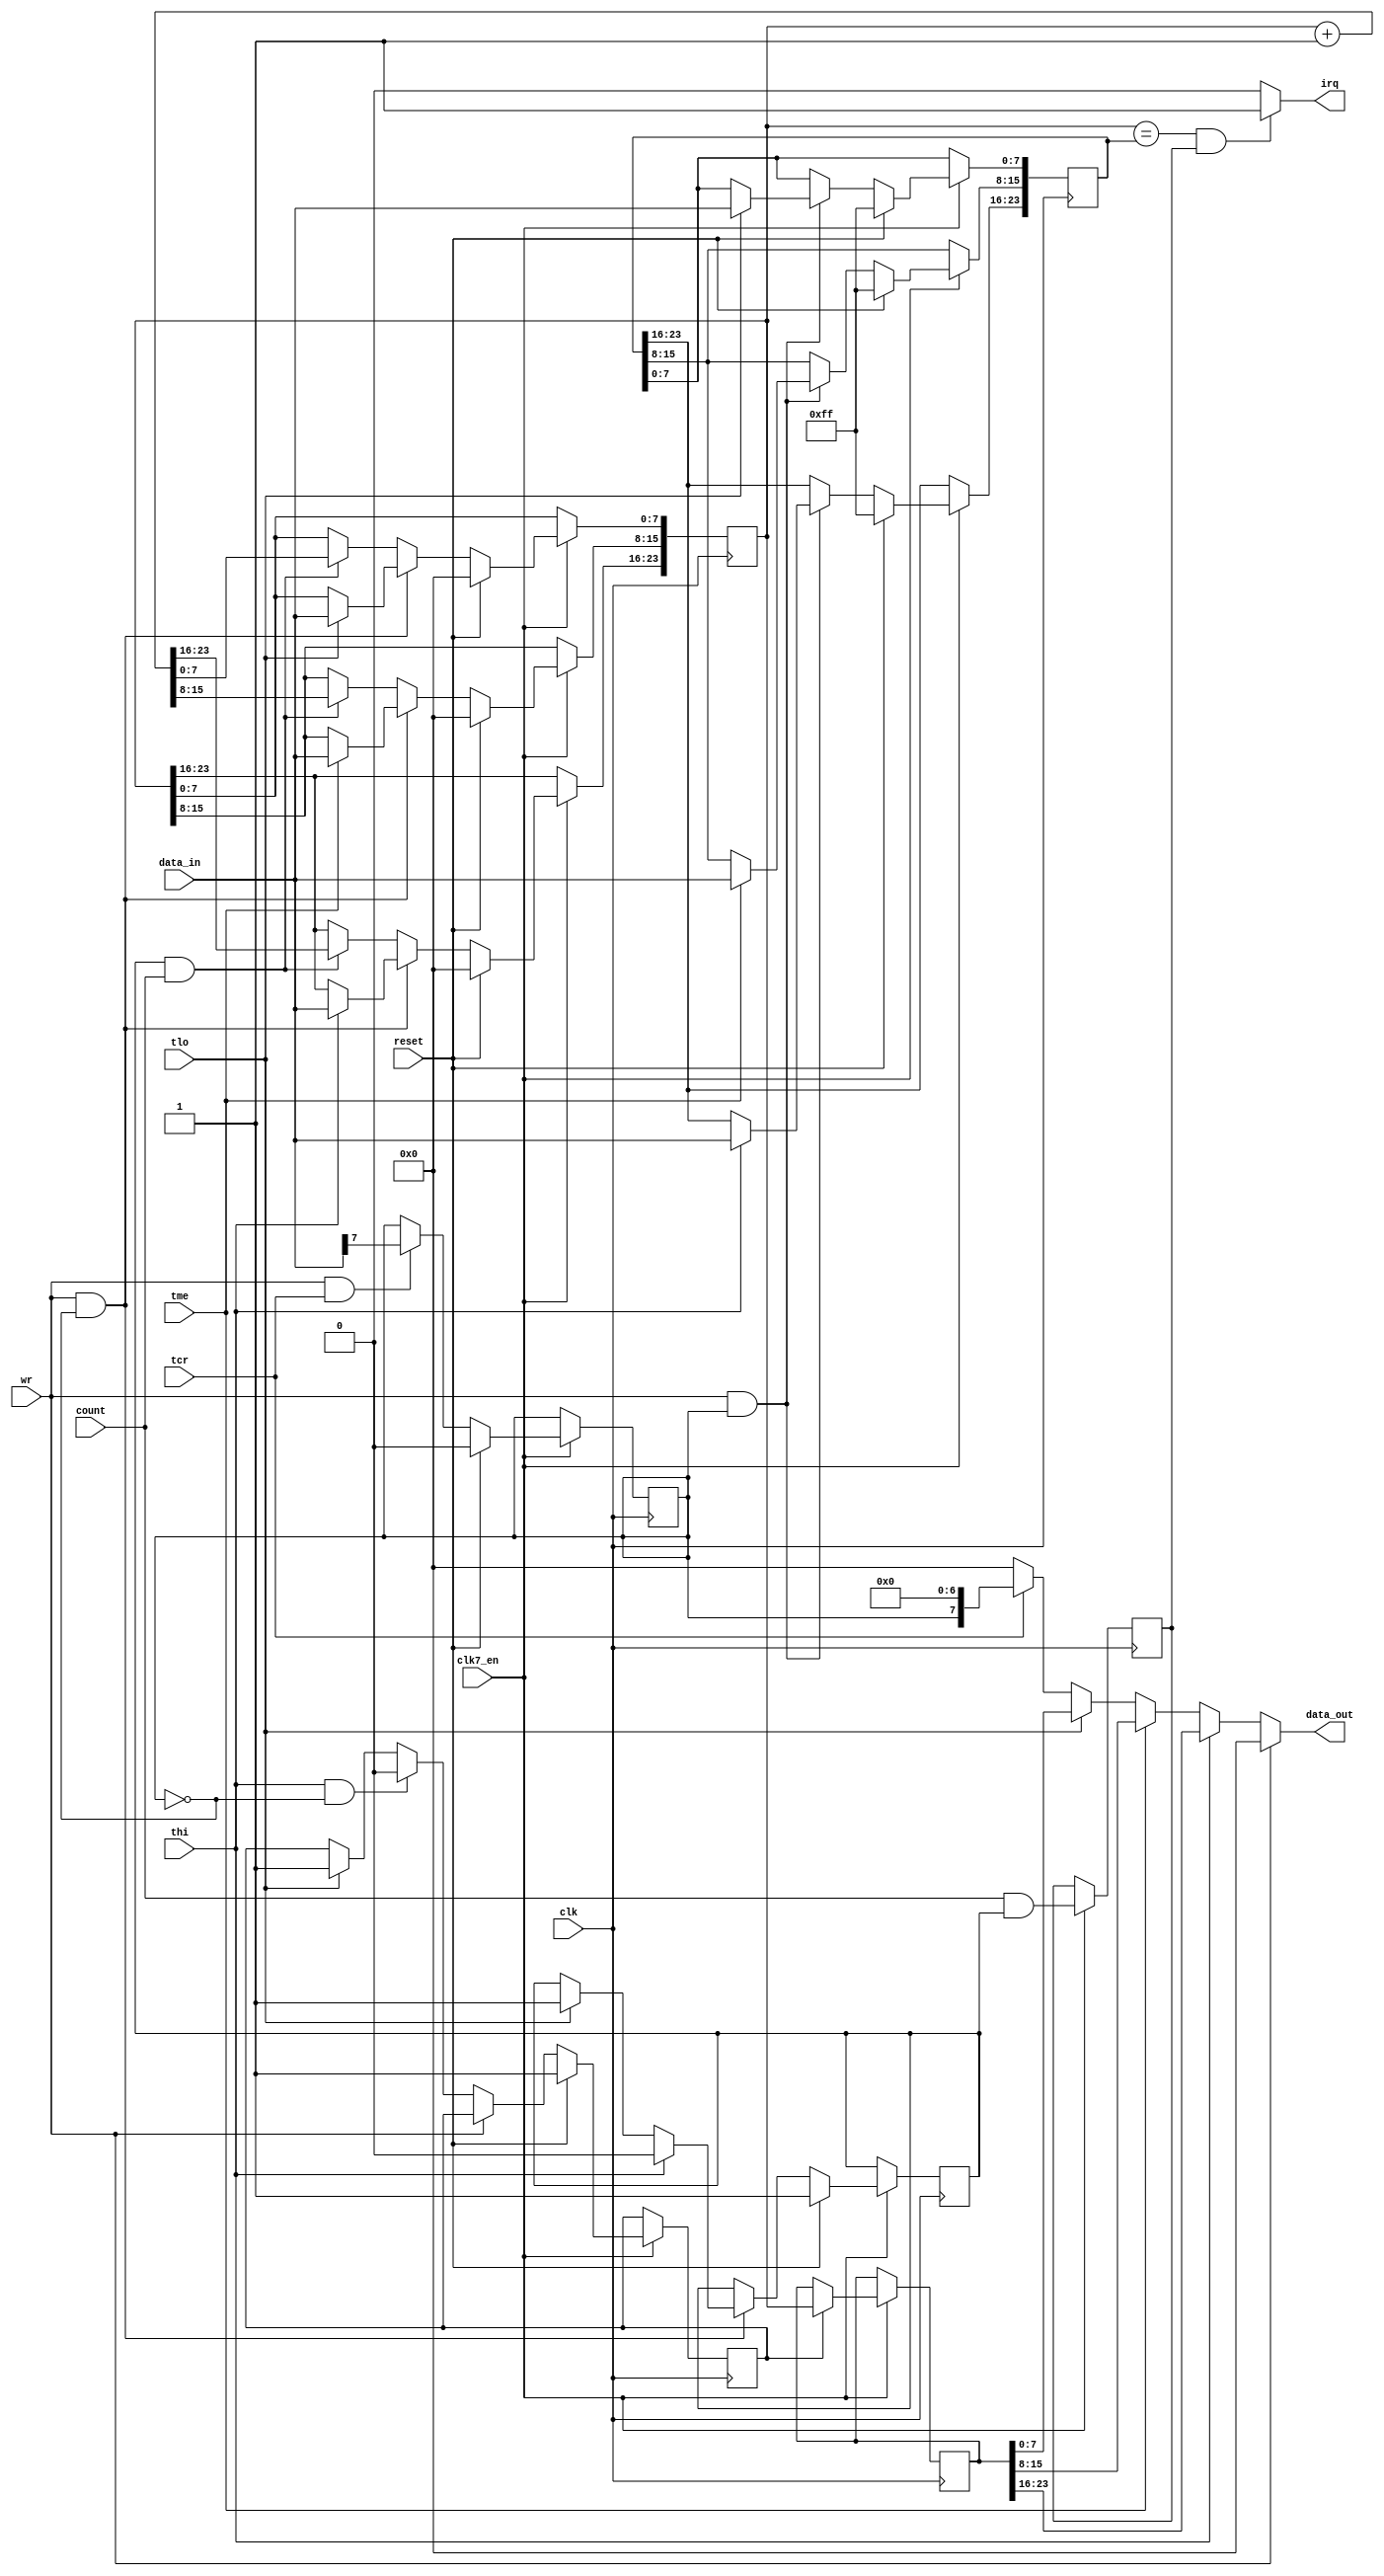
// timer D
//----------------------------------------------------------------------------------
//----------------------------------------------------------------------------------


module cia_timerd
(
  input   clk,            // clock
  input clk7_en,
  input  wr,            // write enable
  input   reset,           // reset
  input   tlo,          // timer low byte select
  input   tme,          // timer mid byte select
  input  thi,           // timer high byte select
  input  tcr,          // timer control register
  input   [7:0] data_in,      // bus data in
  output   reg [7:0] data_out,    // bus data out
  input  count,            // count enable
  output  irq            // intterupt out
);

  reg    latch_ena;        // timer d output latch enable
  reg   count_ena;        // timer d count enable
  reg    crb7;          // bit 7 of control register B
  reg    [23:0] tod;        // timer d
  reg    [23:0] alarm;      // alarm
  reg    [23:0] tod_latch;    // timer d latch
  reg    count_del;        // delayed count signal for interrupt requesting

// timer D output latch control
always @(posedge clk)
  if (clk7_en) begin
    if (reset)
      latch_ena <= 1'd1;
    else if (!wr)
    begin
      if (thi && !crb7) // if MSB read and ALARM is not selected, hold data for subsequent reads
        latch_ena <= 1'd0;
      else if (tlo) // if LSB read, update data every clock
        latch_ena <= 1'd1;
    end
  end

always @(posedge clk)
  if (clk7_en) begin
    if (latch_ena)
      tod_latch[23:0] <= tod[23:0];
  end

// timer D and crb7 read
always @(*)
  if (!wr)
  begin
    if (thi) // high byte of timer D
      data_out[7:0] = tod_latch[23:16];
    else if (tme) // medium byte of timer D (latched)
      data_out[7:0] = tod_latch[15:8];
    else if (tlo) // low byte of timer D (latched)
      data_out[7:0] = tod_latch[7:0];
    else if (tcr) // bit 7 of crb
      data_out[7:0] = {crb7,7'b000_0000};
    else
      data_out[7:0] = 8'd0;
  end
  else
    data_out[7:0] = 8'd0;

// timer D count enable control
always @(posedge clk)
  if (clk7_en) begin
    if (reset)
      count_ena <= 1'd1;
    else if (wr && !crb7) // crb7==0 enables writing to TOD counter
    begin
      if (thi/* || tme*/) // stop counting
        count_ena <= 1'd0;
      else if (tlo) // write to LSB starts counting again
        count_ena <= 1'd1;
    end
  end

// timer D counter
always @(posedge clk)
  if (clk7_en) begin
    if (reset) // synchronous reset
    begin
      tod[23:0] <= 24'd0;
    end
    else if (wr && !crb7) // crb7==0 enables writing to TOD counter
    begin
      if (tlo)
        tod[7:0] <= data_in[7:0];
      if (tme)
        tod[15:8] <= data_in[7:0];
      if (thi)
        tod[23:16] <= data_in[7:0];
    end
    else if (count_ena && count)
      tod[23:0] <= tod[23:0] + 24'd1;
  end

// alarm write
always @(posedge clk)
  if (clk7_en) begin
    if (reset) // synchronous reset
    begin
      alarm[7:0] <= 8'b1111_1111;
      alarm[15:8] <= 8'b1111_1111;
      alarm[23:16] <= 8'b1111_1111;
    end
    else if (wr && crb7) // crb7==1 enables writing to ALARM
    begin
      if (tlo)
        alarm[7:0] <= data_in[7:0];
      if (tme)
        alarm[15:8] <= data_in[7:0];
      if (thi)
        alarm[23:16] <= data_in[7:0];
    end
  end

// crb7 write
always @(posedge clk)
  if (clk7_en) begin
    if (reset)
      crb7 <= 1'd0;
    else if (wr && tcr)
      crb7 <= data_in[7];
  end

// delayed count enable signal
always @(posedge clk)
  if (clk7_en) begin
    count_del <= count & count_ena;
  end

// alarm interrupt request
assign irq = (tod[23:0]==alarm[23:0] && count_del) ? 1'b1 : 1'b0;


endmodule